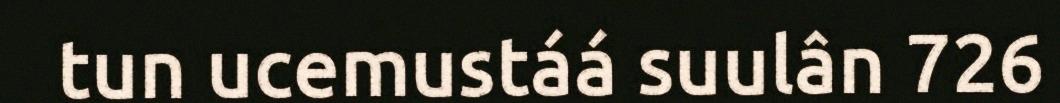
tun ucemustáá suulân 726